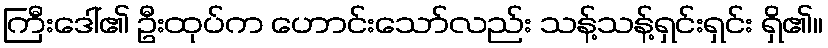
ကြီးဒေါ်၏ ဦးထုပ်က ဟောင်းသော်လည်း သန့်သန့်ရှင်းရှင်း ရှိ၏။